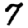
Digit: 7